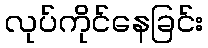
လုပ်ကိုင်နေခြင်း